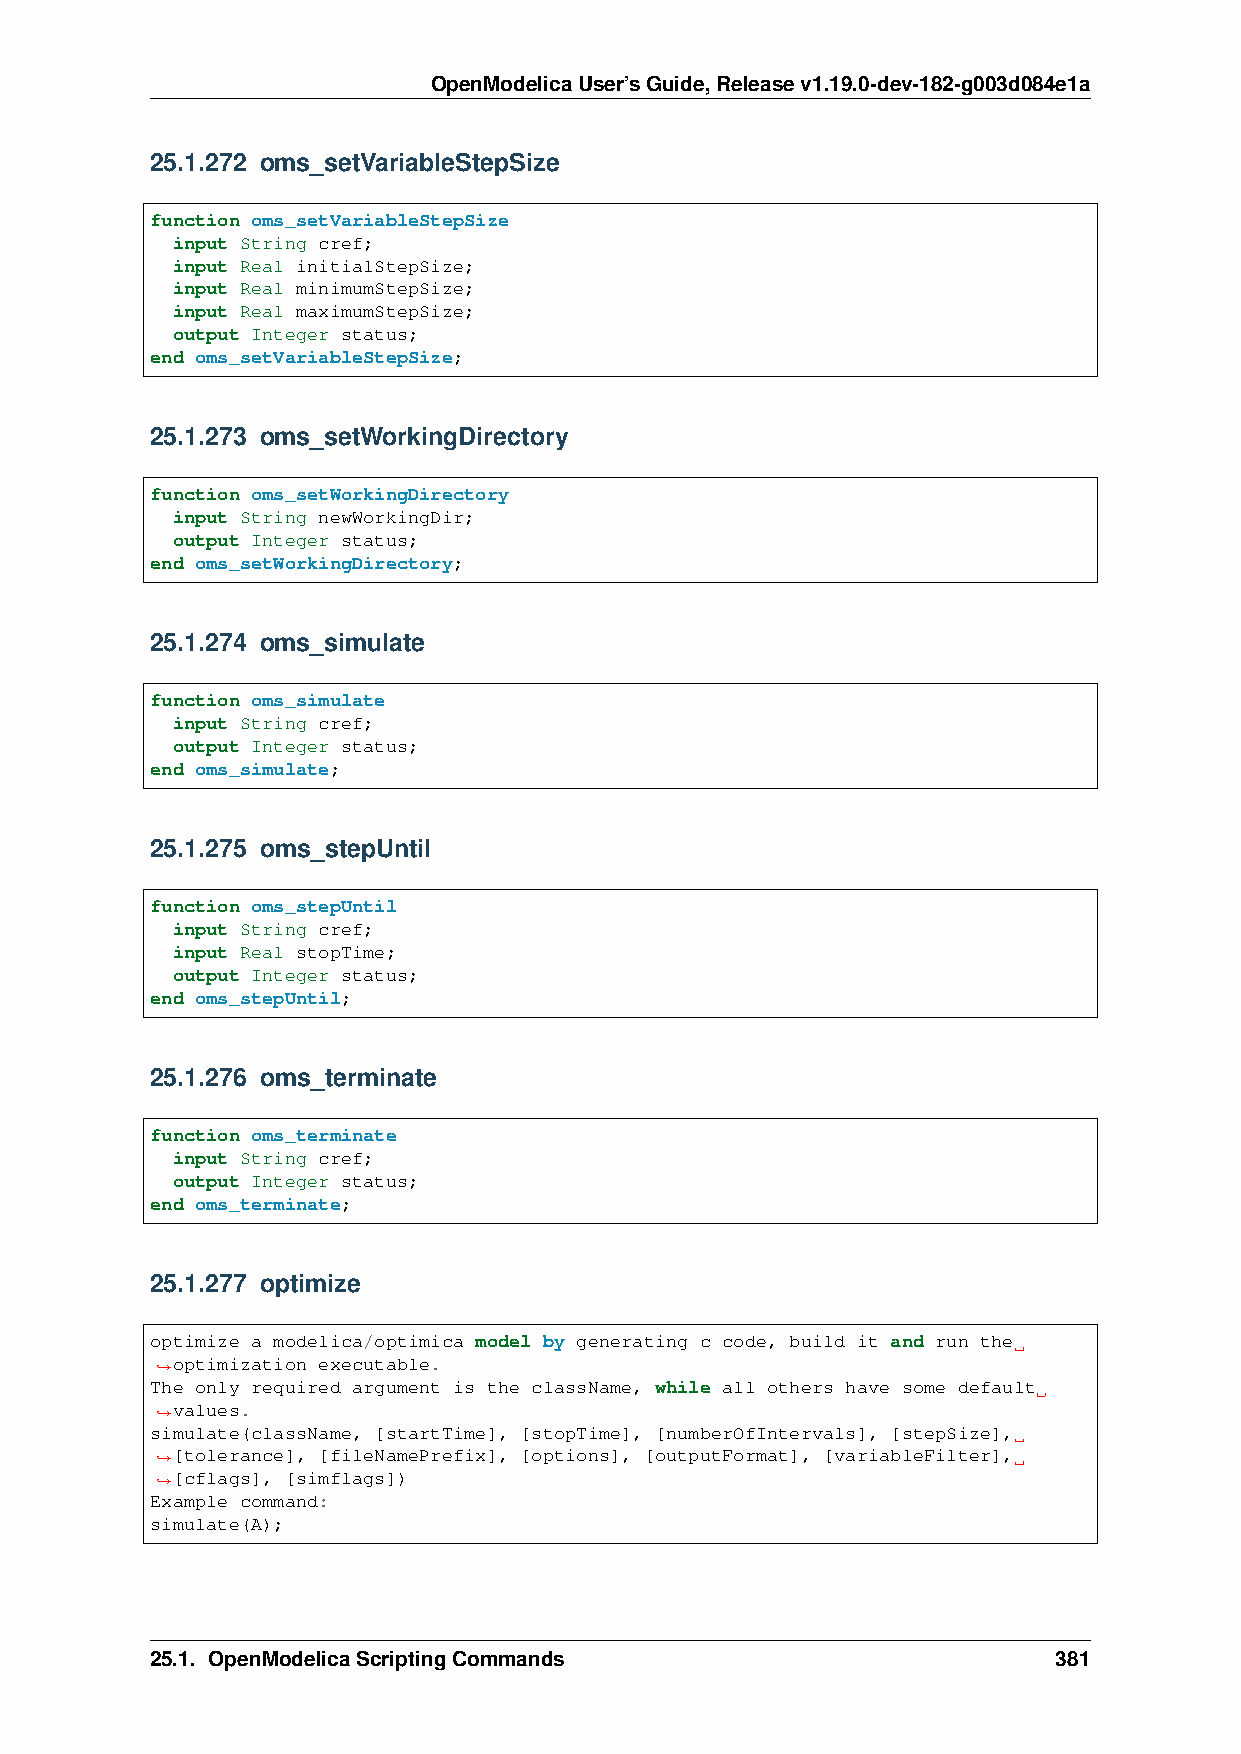
OpenModelicaUser’sGuide,Releasev1.19.0-dev-182-g003d084e1a
 25.1.272 oms_setVariableStepSize
 function oms_setVariableStepSize
 input String cref;
 input Real initialStepSize;
 input Real minimumStepSize;
 input Real maximumStepSize;
 output Integer status;
 end oms_setVariableStepSize;
 25.1.273 oms_setWorkingDirectory
 function oms_setWorkingDirectory
 input String newWorkingDir;
 output Integer status;
 end oms_setWorkingDirectory;
 25.1.274 oms_simulate
 function oms_simulate
 input String cref;
 output Integer status;
 end oms_simulate;
 25.1.275 oms_stepUntil
 function oms_stepUntil
 input String cref;
 input Real stopTime;
 output Integer status;
 end oms_stepUntil;
 25.1.276 oms_terminate
 function oms_terminate
 input String cref;
 output Integer status;
 end oms_terminate;
 25.1.277 optimize
 optimize a modelica/optimica model by generating c code, build it and run the
 optimization executable.
 ˓→
 The only required argument is the className, while all others have some default
 values.
 ˓→
 simulate(className, [startTime], [stopTime], [numberOfIntervals], [stepSize],
 [tolerance], [fileNamePrefix], [options], [outputFormat], [variableFilter],
 ˓→
 [cflags], [simflags])
 ˓→
 Example command:
 simulate(A);
 25.1. OpenModelicaScriptingCommands                         381